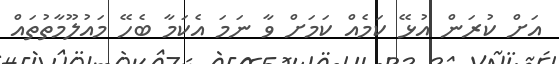
އަށް ކުރަން އުޅޭ ކަމެއް ކަމަށް ވާ ނަމަ އެކަމާ ބެހޭ މައުލޫމާތުތައް